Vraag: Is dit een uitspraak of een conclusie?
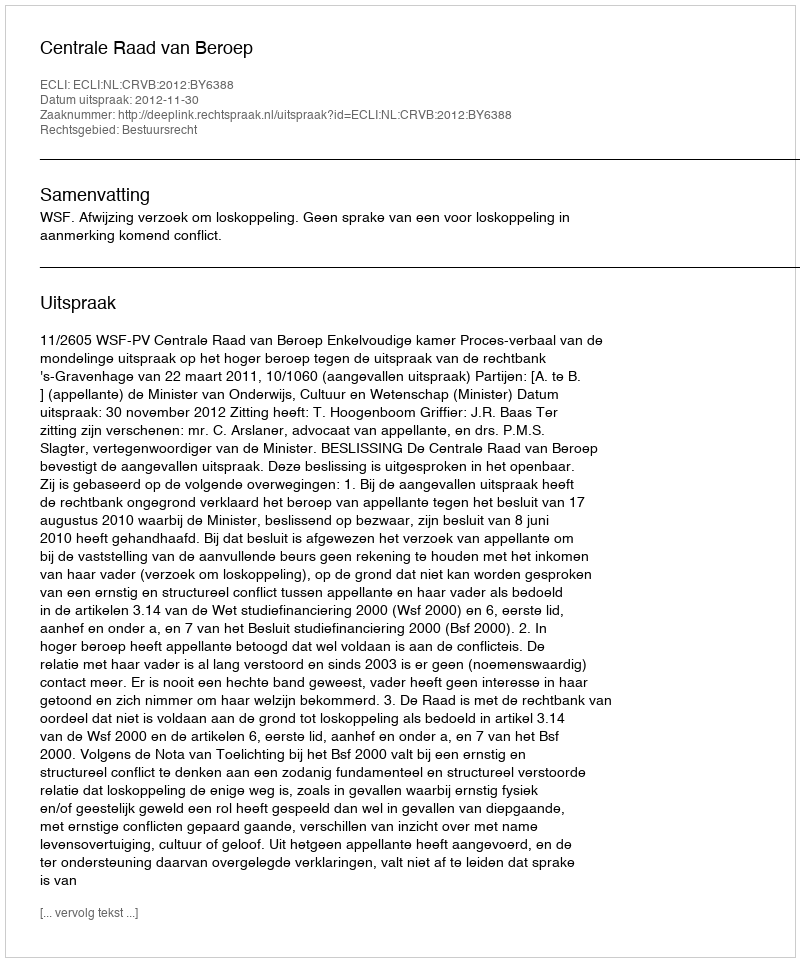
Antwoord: Uitspraak